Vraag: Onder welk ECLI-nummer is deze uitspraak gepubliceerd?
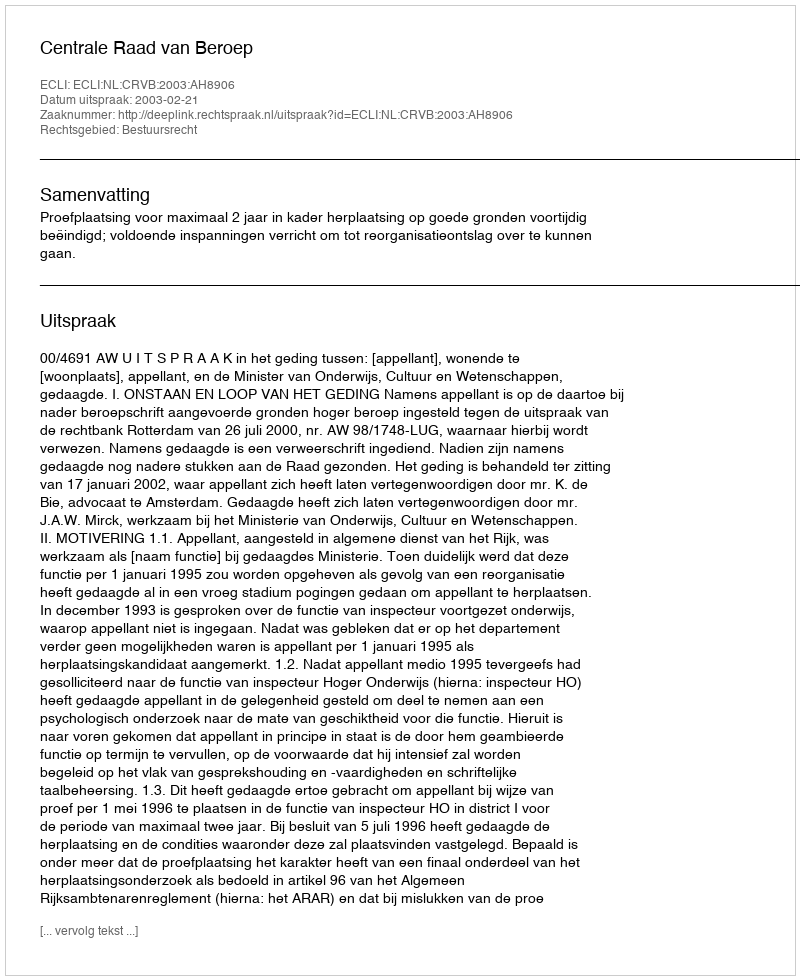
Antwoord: ECLI:NL:CRVB:2003:AH8906